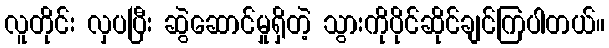
လူတိုင်း လှပပြီး ဆွဲဆောင်မှုရှိတဲ့ သွားကိုပိုင်ဆိုင်ချင်ကြပါတယ်။